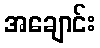
အချောင်း